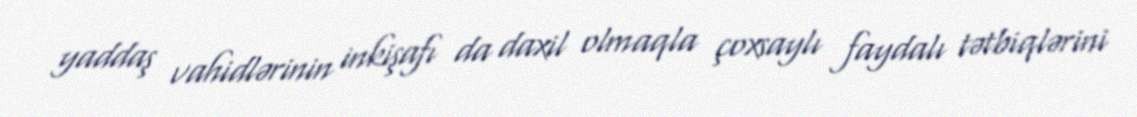
yaddaş vahidlərinin inkişafı da daxil olmaqla çoxsaylı faydalı tətbiqlərini